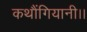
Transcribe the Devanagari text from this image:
कथौंगियानी।।